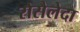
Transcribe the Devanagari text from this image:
रोसैलेदा